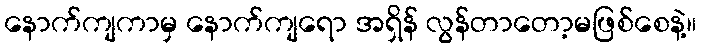
နောက်ကျကာမှ နောက်ကျရော အရှိန် လွန်တာတော့မဖြစ်စေနဲ့။